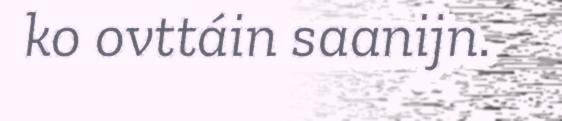
ko ovttáin saanijn.